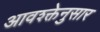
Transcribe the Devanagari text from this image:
आवश्क्तेनुसार